Civil Veterinary Department. Madras. Admin. report 1926-33 - 1926-1933
Year: 1926
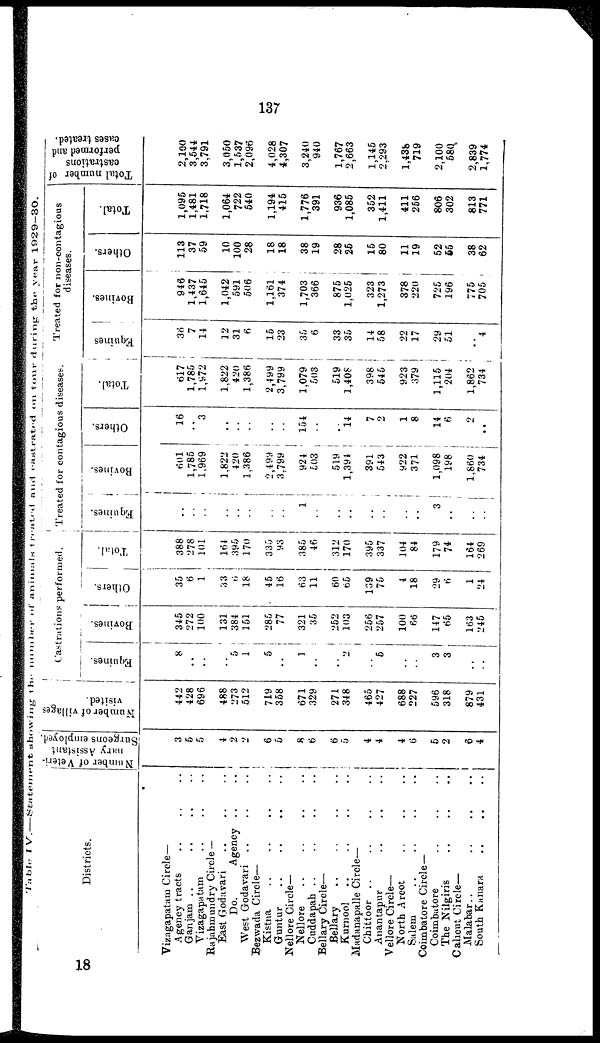
137
Table
IV.—Statement
showing
the
number
of
animals
treated
and
castrated
on tour during
the
year 1929-30.
Districts.
Vizagapatam Circle—
Agency tracts .. .. ..
Ganjam .. .. .. ..
Vizagapatam .. .. .. ..
Rajahmundry Circle —
East Godavari .. .. .. ..
Do.
Agency .. ..
West Godavari .. .. .. ..
Bezwada Circle—
Kistna .. .. .. ..
Guntur .. .. .. ..
Nellore Circle—
Nellore
..
..
..
..
Cuddapah .. .. .. ..
Bellary Circle—
Bellary .. .. .. ..
Kurnool .. .. .. ..
Madanapalle Circle—
Chittoor .. .. .. ..
Anantapur .. .. .. ..
Vellore Circle—
North Arcot .. .. .. ..
Salem .. .. .. ..
Coimbatore Circle —
Coimbatore .. .. .. ..
The Nilgiris
..
..
..
..
Calicut Circle—
Malabar .. .. .. ..
South Kanara .. .. .. ..
Number of Veteri-
nary Assistant
Surgeons employed.
3
5
5
4
2
2
6
5
8 6
6
5
4 4
4
6
5
2
6
4
Number of villages
visited.
442
428
696
488
273
512
719
358
671
329
271
348
465
427
688
227
596
318
879
431
Castrations performed.
Equines.
8
..
..
..
5
1
5
1
..
..
2
5
..
..
3
3
..
..
Bovines.
345
272
100
131
384
151
285
77
321
35
252
103
256
257
100
66
147
65
163
245
Others.
35
6
1
33
6
18
45
16
63
11
60
65
139
75
4
18
29
6
1
24
Total.
388
278
101
164
395
170
335
93
385
46
312
170
395
337
104
84
179
74
164
269
Treated for contagious diseases.
Equines.
..
..
..
..
..
..
..
..
1
..
..
..
..
..
..
..
3
..
..
..
Bovines.
601
1,785
1,969
1,822
420
1,386
2,499
3,799
924
503
519
1,391
391
543
922
371
1,098
198
1,860
734
Others.
16
..
3
..
..
..
..
..
154
..
..
14
7
2
1
8
14
6
9
..
Total.
617
1,785
1,972
1,822
420
1,386
2,499
3,799
1,079
503
519
1,408
398
545
923
379
1,115
204
1,862
734
Treated for non-contagious
diseases.
Equines
36
7
14
12
31
6
15
23
35
6
33
35
14
58
22
17
29
51
..
4
Bovines.
946
1,437
1,645
1,042
591
506
1,161
374
1,703
366
875
1,025
323
1,273
378
220
725
196
775
705
Others.
113
37
59
10
100
28
18
18
38
19
28
26
15
80
11
19
52
55
38
62
Total.
1,095
1,481
1,718
1,064
722
540
1,194
415
1,776
391
936
1,085
352
1,411
411
256
806
302
813
771
Total number of
castrations
performed and
cases treated.
2,100
3,544
3,791
3,050
1,537
2,096
4,028
4,307
3,240
940
1,767
2,663
1,145
2,293
1,438
719
2,100
580
2,839
1,774
18